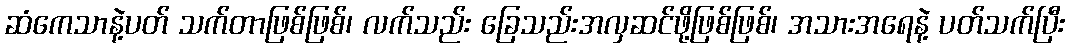
ဆံကေသာနဲ့ပတ် သက်တာဖြစ်ဖြစ်၊ လက်သည်း ခြေသည်းအလှဆင်ဖို့ဖြစ်ဖြစ်၊ အသားအရေနဲ့ ပတ်သက်ပြီး